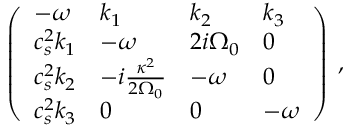
\left( \begin{array} { l l l l } { - { \omega } } & { k _ { 1 } } & { k _ { 2 } } & { k _ { 3 } } \\ { c _ { s } ^ { 2 } k _ { 1 } } & { - { \omega } } & { 2 i { \Omega } _ { 0 } } & { 0 } \\ { c _ { s } ^ { 2 } k _ { 2 } } & { - i \frac { \kappa ^ { 2 } } { 2 { \Omega } _ { 0 } } } & { - { \omega } } & { 0 } \\ { c _ { s } ^ { 2 } k _ { 3 } } & { 0 } & { 0 } & { - { \omega } } \end{array} \right) \; ,